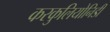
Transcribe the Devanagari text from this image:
करकुलियोनिडी